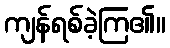
ကျန်ရစ်ခဲ့ကြ၏။